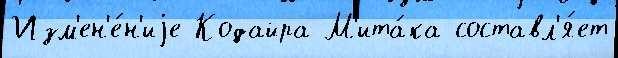
Изм'ен'е́н'иjе Кодайра М'ита́ка составл'я́ет